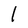
Character: l